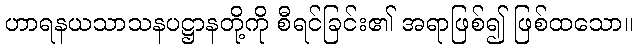
ဟာရနယသာသနပဋ္ဌာနတို့ကို စီရင်ခြင်း၏ အရာဖြစ်၍ ဖြစ်ထသော။